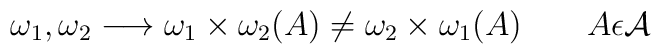
\omega_1, \omega_2 \longrightarrow \omega_1\times\omega_2 (A) \not=\omega_2\times\omega_1(A) \qquad A\epsilon{\cal A}